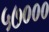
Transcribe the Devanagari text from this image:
५७०००